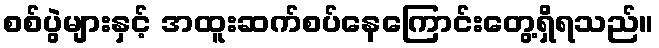
စစ်ပွဲများနှင့် အထူးဆက်စပ်နေကြောင်းတွေ့ရှိရသည်။